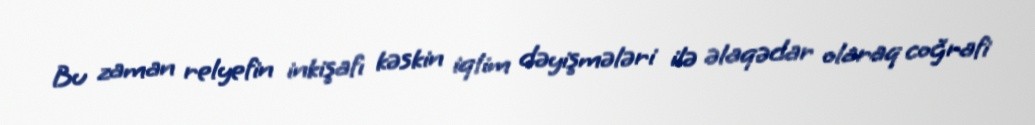
Bu zaman relyefin inkişafı kəskin iqlim dəyişmələri ilə əlaqədar olaraq coğrafi